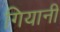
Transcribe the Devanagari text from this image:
गियानी